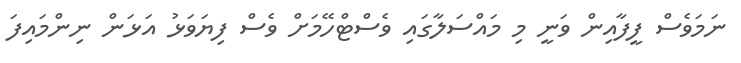
ނަމަވެސް ފީފާއިން ވަނީ މި މައްސަލާގައި ވެސްޓްހޭމަށް ވެސް ފިޔަވަޅު އަޅަން ނިންމައިފަ